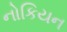
નોકિયન